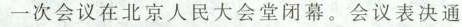
一次会议在北京人民大会堂闭幕。会议表决通